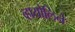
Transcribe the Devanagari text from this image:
व्हायोलिने